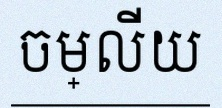
ចម្លើយ